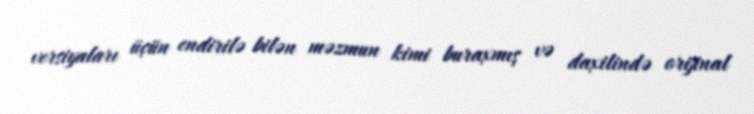
versiyaları üçün endirilə bilən məzmun kimi buraxmış və daxilində orijinal